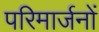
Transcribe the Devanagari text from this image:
परिमार्जनों